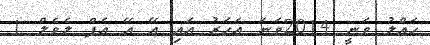
ހައްލު ވަނީ 2014ވަނަ އަހަރު އައި އޭ އޭ އެފް ލެވެލް 1